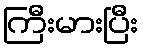
ကြီးမားပြီး